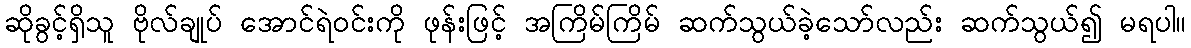
ဆိုခွင့်ရှိသူ ဗိုလ်ချုပ် အောင်ရဲဝင်းကို ဖုန်းဖြင့် အကြိမ်ကြိမ် ဆက်သွယ်ခဲ့သော်လည်း ဆက်သွယ်၍ မရပါ။